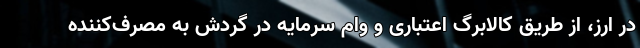
در ارز، از طریق کالابرگ اعتباری و وام سرمایه در گردش به مصرف‌کننده